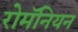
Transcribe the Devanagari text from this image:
रोमॅनियन